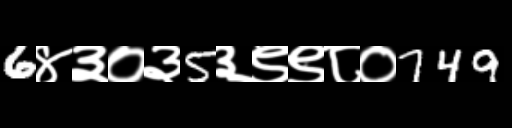
Text: 6४३०३5३९९८०749